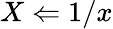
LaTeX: X\Leftarrow 1/x